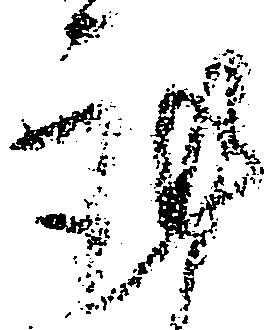
謹